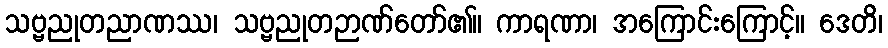
သဗ္ဗညုတညာဏဿ၊ သဗ္ဗညုတဉာဏ်တော်၏။ ကာရဏာ၊ အကြောင်းကြောင့်။ ဒေတိ၊